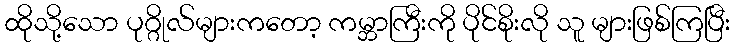
ထိုသို့သော ပုဂ္ဂိုလ်များကတော့ ကမ္ဘာကြီးကို ပိုင်စိုးလို သူ များဖြစ်ကြပြီး